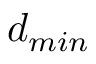
d _ { m i n }